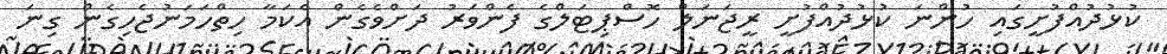
ކުޅުދުއްފުށީގައި ހުންނަ ކުޅުދުއްފުށީ ރީޖަނަލް ހޮސްޕިޓަލްގެ ފެންވަރު ދަށްވެގެން އެކަމާ ހިތްހަމަނުޖެހިގެން ގިނަ